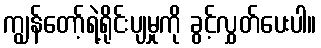
ကျွန်တော့်ရဲ့ရိုင်းပျမှုကို ခွင့်လွှတ်ပေးပါ။